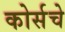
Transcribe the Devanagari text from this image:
कोर्सचे